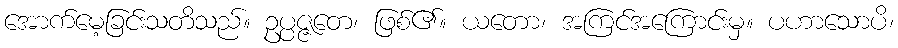
အောက်မေ့ခြင်းသတိသည်။ ဥပ္ပဇ္ဇတေ၊ ဖြစ်၏။ ယတော၊ အကြင်အကြောင်းမှ။ ပဟာသောပိ၊